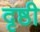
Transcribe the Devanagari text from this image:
दृष्ठी